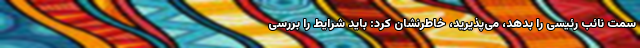
سمت نائب رئیسی را بدهد، می‌پذیرید، خاطرنشان کرد: باید شرایط را بررسی